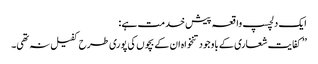
ایک دلچسپ واقعہ پیش خدمت ہے :
’’ کفایت شعاری کے باوجود تنخواہ ان کے بچوں کی پوری طرح کفیل نہ تھی۔